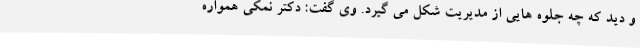
و دید که چه جلوه هایی از مدیریت شکل می گیرد. وی گفت: دکتر نمکی همواره